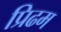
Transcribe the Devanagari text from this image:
प्रिढम